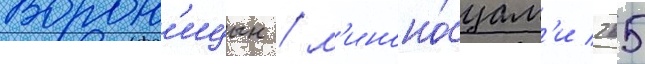
Ворон'ицын / м'иноно́сцам'и 265